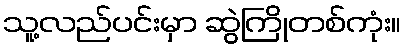
သူ့လည်ပင်းမှာ ဆွဲကြိုတစ်ကုံး။